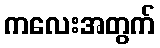
ကလေးအတွက်